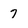
Character: 7